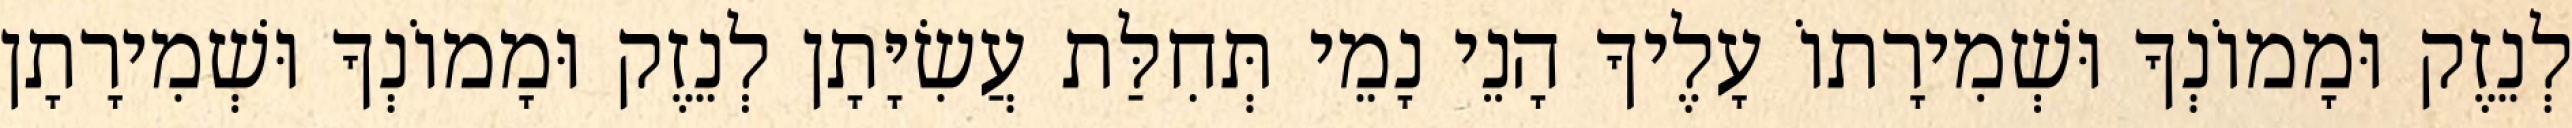
לְנֵזֶק וּמָמוֹנְךָ וּשְׁמִירָתוֹ עָלֶיךָ הָנֵי נָמֵי תְּחִלַּת עֲשִׂיָּתָן לְנֵזֶק וּמָמוֹנְךָ וּשְׁמִירָתָן